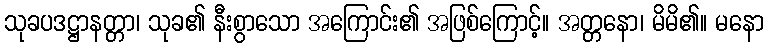
သုခပဒဋ္ဌာနတ္တာ၊ သုခ၏ နီးစွာသော အကြောင်း၏ အဖြစ်ကြောင့်။ အတ္တနော၊ မိမိ၏။ မနော